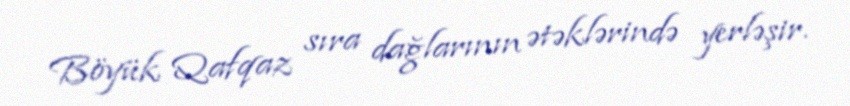
Böyük Qafqaz sıra dağlarının ətəklərində yerləşir.